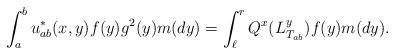
LaTeX: \begin{align*}\int_a^b u^*_{ab}(x,y)f(y) g^2(y)m(dy)=\int_{\ell}^r Q^x(L^y_{T_{ab}}) f(y) m(dy).\end{align*}